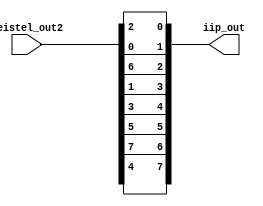
module IP_Inv(
	input [0:7] feistel_out2,
	output [0:7] iip_out

);

	assign iip_out = {feistel_out2[3], feistel_out2[0], feistel_out2[2], feistel_out2[4], feistel_out2[6], feistel_out2[1], feistel_out2[7], feistel_out2[5]};

endmodule